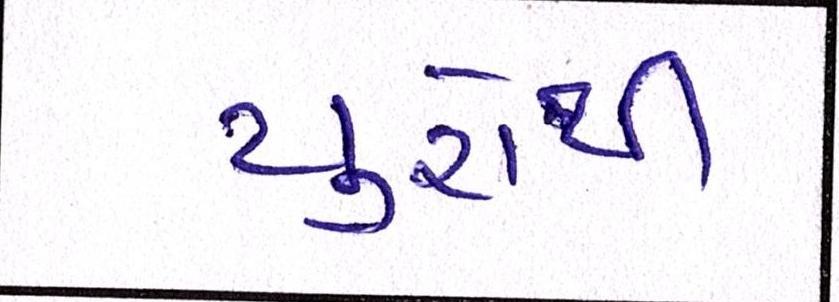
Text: યુરોથી